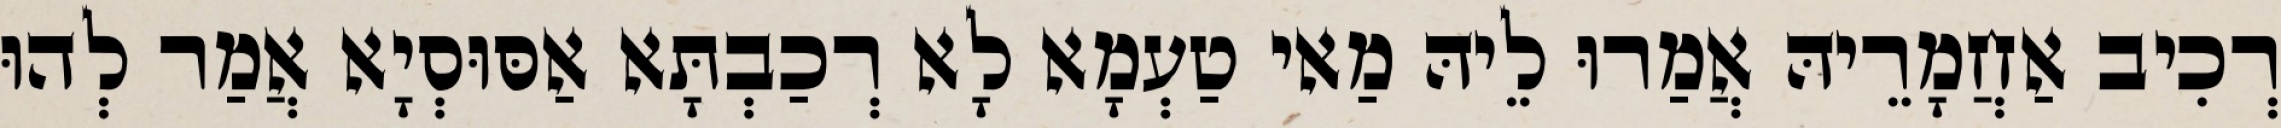
רְכִיב אַחֲמָרֵיהּ אֲמַרוּ לֵיהּ מַאי טַעְמָא לָא רְכַבְתָּא אַסּוּסְיָא אֲמַר לְהוּ